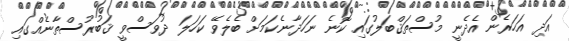
އަދި އަހަރެން އެދެނީ މުސްތަޤްބަލުގައި ކޮނެ ނަހަދާނެކަމަށް ބެލެވޭ ކަހަލަ ދުވަސްވީ ޤަބުރުސްތާނެއްގައި